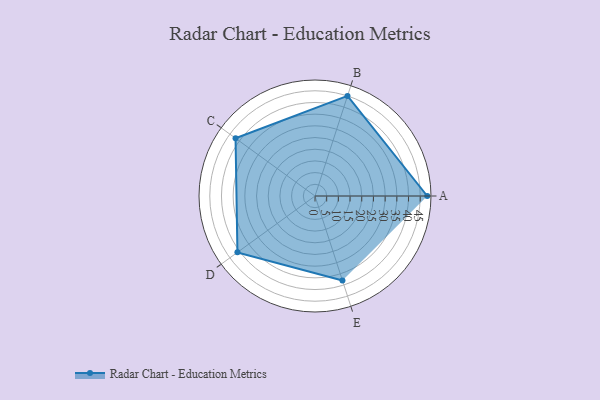
{"axis": {"x": "Skill", "y": "Score"}, "legend": ["Profile"], "data": [{"x": "A", "y": 48.0, "type": "Profile"}, {"x": "B", "y": 45.0, "type": "Profile"}, {"x": "C", "y": 42.0, "type": "Profile"}, {"x": "D", "y": 41.0, "type": "Profile"}, {"x": "E", "y": 38.0, "type": "Profile"}]}